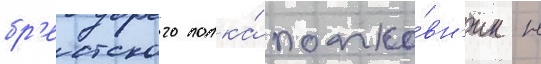
бр'естского полка́ полко́вн'ик н